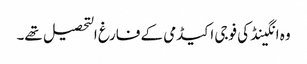
وہ انگینڈ کی فوجی اکیڈمی کے فارغ التحصیل تھے۔